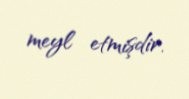
meyl etmişdir.